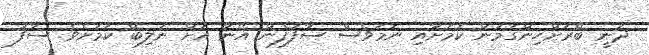
ދަނީ ބޭރަށްހިންގަމުން ކަމަށާއި ނަމަވެސް ސާފުފެން އޭނާ އަށް ނުލިބޭ ކަމަށެވެ. ސާފު